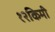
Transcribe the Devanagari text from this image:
१२किमी